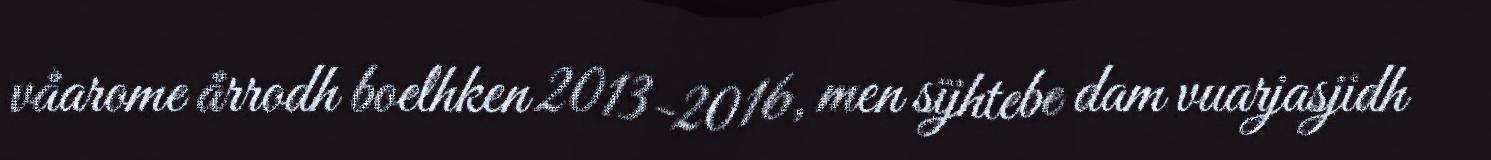
våarome årrodh boelhken 2013-2016, men sïjhtebe dam vuarjasjidh